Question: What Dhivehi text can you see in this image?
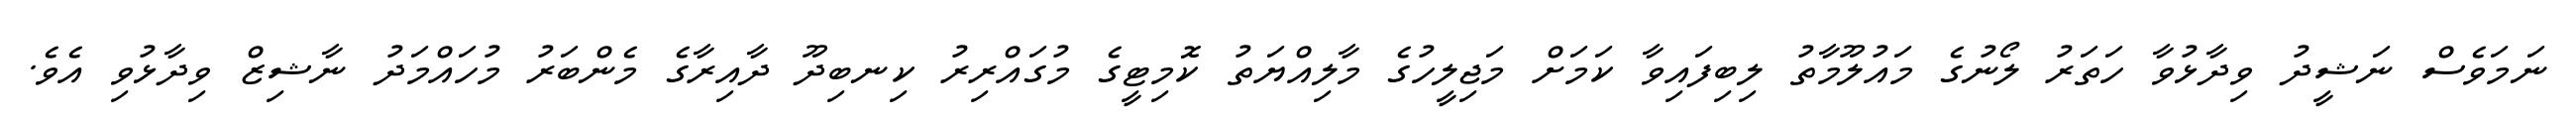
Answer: ނަމަވެސް ނަޝީދު ވިދާޅުވާ ހަތަރު ލޯނުގެ މައުލޫމާތު ލިބިފައިވާ ކަމަށް މަޖިލީހުގެ މާލިއްޔަތު ކޮމިޓީގެ މުގައްރިރު ކިނބިދޫ ދާއިރާގެ މެންބަރު މުހައްމަދު ނާޝިޒް ވިދާޅުވި އެވެ.